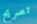
تصريح